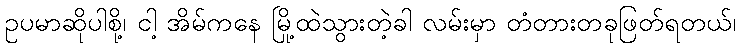
ဥပမာဆိုပါစို့၊ ငါ့ အိမ်ကနေ မြို့ထဲသွားတဲ့ခါ လမ်းမှာ တံတားတခုဖြတ်ရတယ်၊